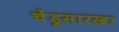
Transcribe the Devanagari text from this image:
चेंडूसारखा